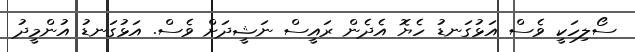
ސޯލިހަކީ ވެސް އަޅުގަނޑު ހެޔޮ އެދެން ރައީސް ނަޝީދަށް ވެސް. އަޅުގަނޑު އުންމީދު